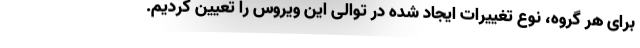
برای هر گروه، نوع تغییرات ایجاد شده در توالی این ویروس را تعیین کردیم.